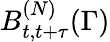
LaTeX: B_{t,t+\tau}^{(N)}(\Gamma)